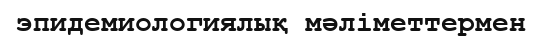
эпидемиологиялық мәліметтермен